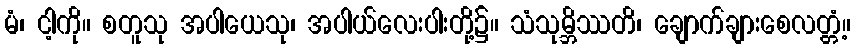
မံ၊ ငါ့ကို။ စတူသု အပါယေသု၊ အပါယ်လေးပါးတို့၌။ သံသုမ္ဘိဿတိ၊ ချောက်ချားစေလတ္တံ့။